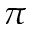
\pi